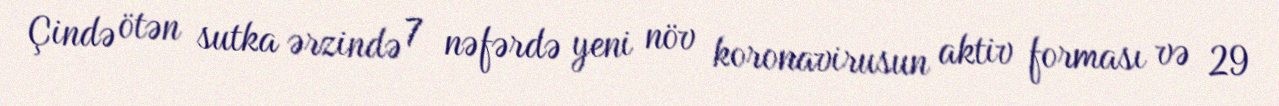
Çində ötən sutka ərzində 7 nəfərdə yeni növ koronavirusun aktiv forması və 29